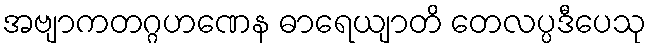
အဗျာကတဂ္ဂဟဏေန ဓာရေယျာတိ တေလပ္ပဒီပေသု